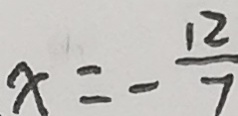
x = - \frac { 1 2 } { 7 }